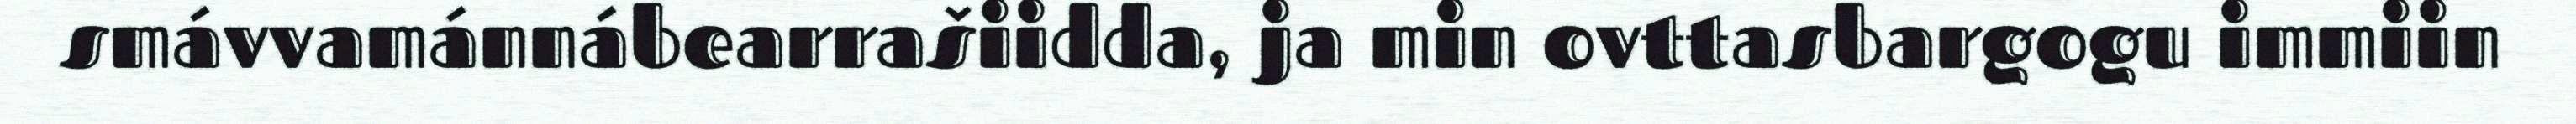
smávvamánnábearrašiidda, ja min ovttasbargogu immiin